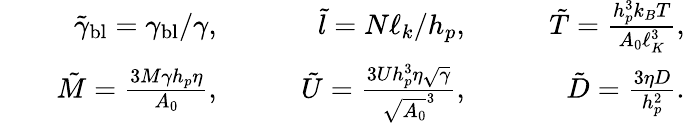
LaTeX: \begin{array}{rlrlrlr}&{}&{\tilde{\gamma}_{\mathrm{bl}}=\gamma_{\mathrm{bl}}/\gamma,\quad}&{}&{\tilde{l}=N\ell_{k}/h_{p},\quad}&{}&{\tilde{T}=\frac{h_{p}^{3}k_{B}T}{A_{0}\ell_{K}^{3}},}\\ &{}&{\tilde{M}=\frac{3M\gamma h_{p}\eta}{A_{0}},\quad}&{}&{\tilde{U}=\frac{3Uh_{p}^{3}\eta\sqrt{\gamma}}{\sqrt{A_{0}}^{3}},\quad}&{}&{\tilde{D}=\frac{3\eta D}{h_{p}^{2}}.}\end{array}